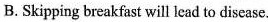
B. Skipping breakfast will lead to disease.